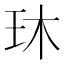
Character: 𬍓